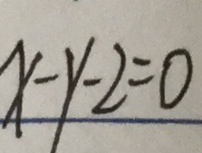
x - y - 2 = 0